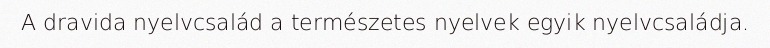
A dravida nyelvcsalád a természetes nyelvek egyik nyelvcsaládja.